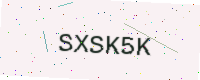
Text: SXSK5K